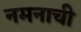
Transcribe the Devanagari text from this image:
नमनाची